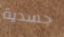
جسدية